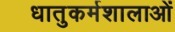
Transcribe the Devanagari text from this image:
धातुकर्मशालाओं